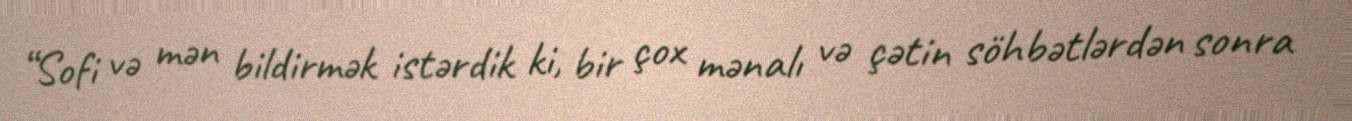
“Sofi və mən bildirmək istərdik ki, bir çox mənalı və çətin söhbətlərdən sonra